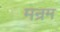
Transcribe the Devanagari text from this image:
मन्रम